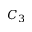
C _ { 3 }